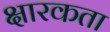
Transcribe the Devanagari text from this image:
क्षारकता